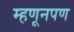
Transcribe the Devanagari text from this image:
म्हणूनपण